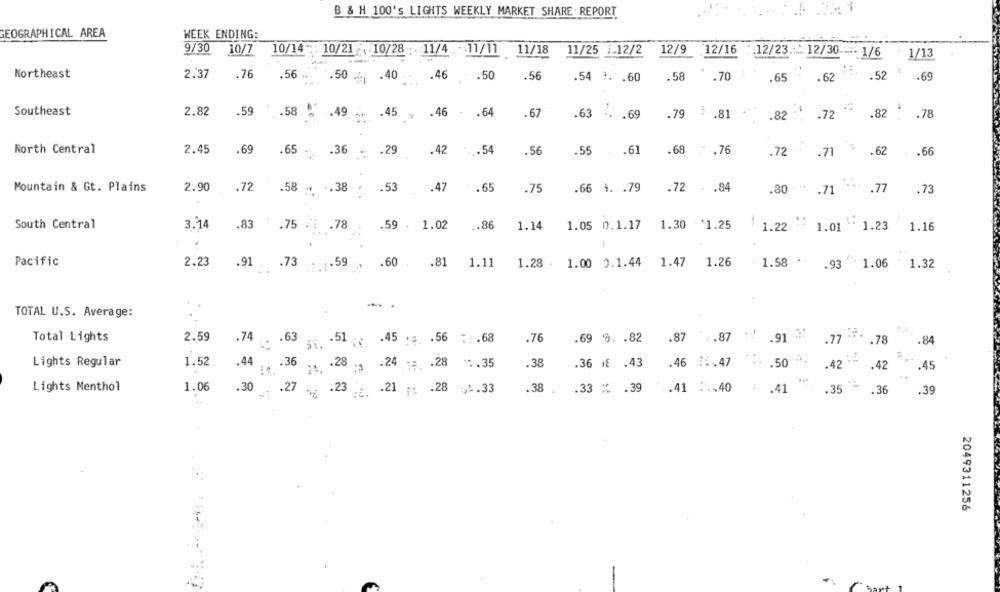
B & H 100's LIGHTS WEEKLY MARKET SHARE REPORT
GEOGRAPHICAL AREA
WEEK ENDING:
9/30
10/7
10/14 : 10/21 . 10/28 . 11/4 -11/11
11/18
11/25 1:12/2
12/9
:12/16
:12/23 .: : 12/30
-- 1/6
1/13
Northeast
2.37
.76
.56 ..
.50
.56
.58
.52
.50 .40 .46
.54 1 .60
.70
65
.62
.69
Southeast
2.82
.59
.58
.. 49
.45 ,
.46
.64
.67
.63 .69
.79 .81
.82
.72
.82
.78
North Central
2.45
.69
.65 -
.36 - . 29
.42
... 54
.56
.55
.61
.68
.76
.72
.71
.62
.. 66
Mountain & Gt. Plains
2.90
.72
.58 - . 38
.53
.47
. . 65
.75
.66 1. . 79
.72 .84
.30 "
.77
.
.71
.73
South Central
3.14
.83
.75 .: . 78
.59 . 1.02
.. 86
1.14
1.05 0.1.17
1.30 1.25
1.22
1.01
1.23
1.16
Pacific
2.23
.91.
.73
1+ 1.59
.60
.81
1.11
1.28 - 1.00 0.1.44 1.47 1.26
1.58
.93
1.06
1.32
-.
TOTAL U.S. Average:
2.59
.91 31
.77 ..
Total Lights
.74 . . 63
31. . 51 ; . 45 . . 56 :. 68
.76
.69 9. . 82
.87 .87 :
.78
.84
Lights Regular
1.52
.44
.36
24. . 28 ;, . 24 ; . 28
*. 35
.38
.36 1 .43
.46 15.47
.50
.42 ** . 42
.45
Lights Menthol
1.06
.30
.27
*g .23 .¿. . 21 .. . 28 t.33
.38
.33 * . 39
.. 41 :. 40
.41
.35
.36
.39
2049311256